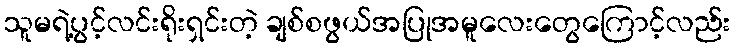
သူမရဲ့ပွင့်လင်းရိုးရှင်းတဲ့ ချစ်စဖွယ်အပြုအမူလေးတွေကြောင့်လည်း